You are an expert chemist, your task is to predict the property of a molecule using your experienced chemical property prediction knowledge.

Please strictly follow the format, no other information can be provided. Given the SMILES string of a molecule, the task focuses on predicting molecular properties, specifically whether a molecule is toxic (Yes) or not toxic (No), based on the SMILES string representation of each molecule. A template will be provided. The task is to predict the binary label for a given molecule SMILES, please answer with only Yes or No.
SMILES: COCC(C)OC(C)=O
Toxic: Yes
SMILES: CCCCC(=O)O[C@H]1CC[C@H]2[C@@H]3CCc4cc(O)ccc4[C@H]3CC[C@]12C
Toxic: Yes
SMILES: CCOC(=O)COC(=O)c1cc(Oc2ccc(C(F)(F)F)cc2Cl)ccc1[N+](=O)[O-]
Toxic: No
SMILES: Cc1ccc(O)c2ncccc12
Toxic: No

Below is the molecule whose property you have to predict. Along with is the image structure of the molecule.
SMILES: C1CCNCC1
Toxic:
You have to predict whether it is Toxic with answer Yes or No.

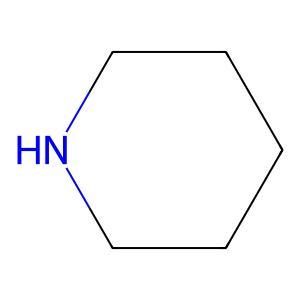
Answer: No